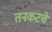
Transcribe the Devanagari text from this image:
तनकटचे